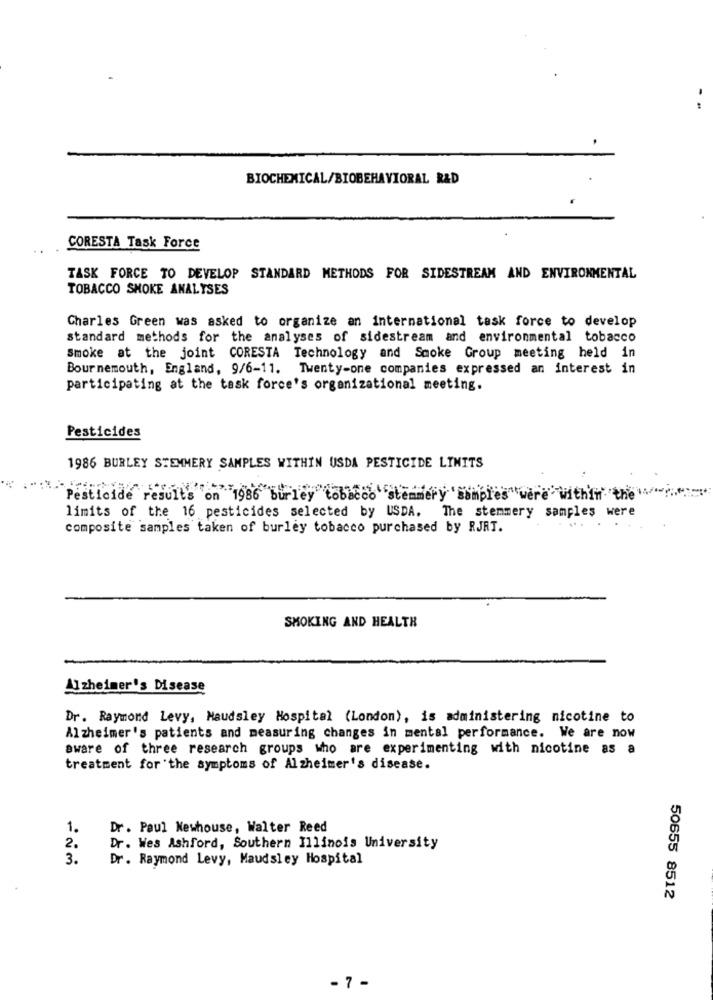
--
BIOCHEMICAL/BIOBEHAVIORAL R&D
CORESTA Task Force
TASK FORCE TO DEVELOP STANDARD METHODS FOR SIDESTREAM AND ENVIRONMENTAL
TOBACCO SMOKE ANALYSES
Charles Green was asked to organize an international task force to develop
standard methods for the analyses of sidestream and environmental tobacco
smoke at the joint CORESTA Technology and Smoke Group meeting held in
Bournemouth, England, 9/6-11. Twenty-one companies expressed an interest in
participating at the task force's organizational meeting.
Pesticides
1986 BURLEY STEMMERY SAMPLES WITHIN USDA PESTICIDE LIMITS
Pesticide results on 1986 burley tobacco stemmery 'samples were within the
limits of the 16 pesticides selected by USDA. The stemmery samples were
composite samples taken of burley tobacco purchased by RJRT.
SMOKING AND HEALTH
Alzheimer's Disease
Dr. Raymond Levy, Maudsley Hospital (London), is administering nicotine to
Alzheimer's patients and measuring changes in mental performance. We are now
aware of three research groups who are experimenting with nicotine as a
treatment for the symptoms of Alzheimer's disease.
1.
Dr. Paul Newhouse, Walter Reed
2.
Dr. Wes Ashford, Southern Illinois University
3.
Dr. Raymond Levy, Maudsley Hospital
50655 8512
- 7 -